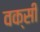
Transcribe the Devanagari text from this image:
वक्सी